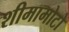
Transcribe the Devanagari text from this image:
शीमामोटो